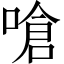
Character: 嗆